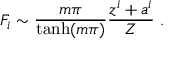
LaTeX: F _ { i } \sim \frac { m \pi } { \operatorname { t a n h } ( m \pi ) } \frac { z ^ { i } + a ^ { i } } { Z } \ .